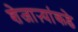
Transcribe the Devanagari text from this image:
शेजाऱ्यांकडे